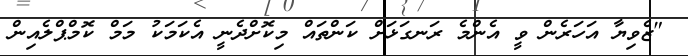
"ޒެވިޔާ އަހަރެން ވީ އެންމެ ރަނގަޅަށް ކަންތައް މިކޮށްދެނީ އެކަމަކު މަމް ކޮމްޕްލެއިން